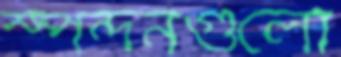
স্পন্দনগুলো